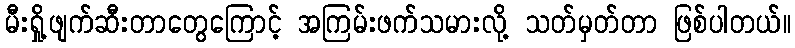
မီးရှို့ဖျက်ဆီးတာတွေကြောင့် အကြမ်းဖက်သမားလို့ သတ်မှတ်တာ ဖြစ်ပါတယ်။